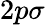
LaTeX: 2p\sigma